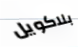
بلاكويل